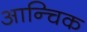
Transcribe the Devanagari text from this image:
आन्चिक